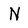
Character: N